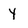
Character: Y